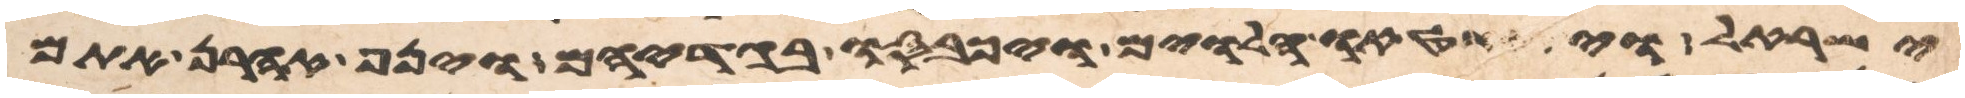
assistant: ישראל ויתחטאו הלוים ויכבסו בגדיהם וינף אהרן אתם